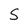
Character: S